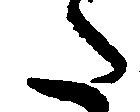
た